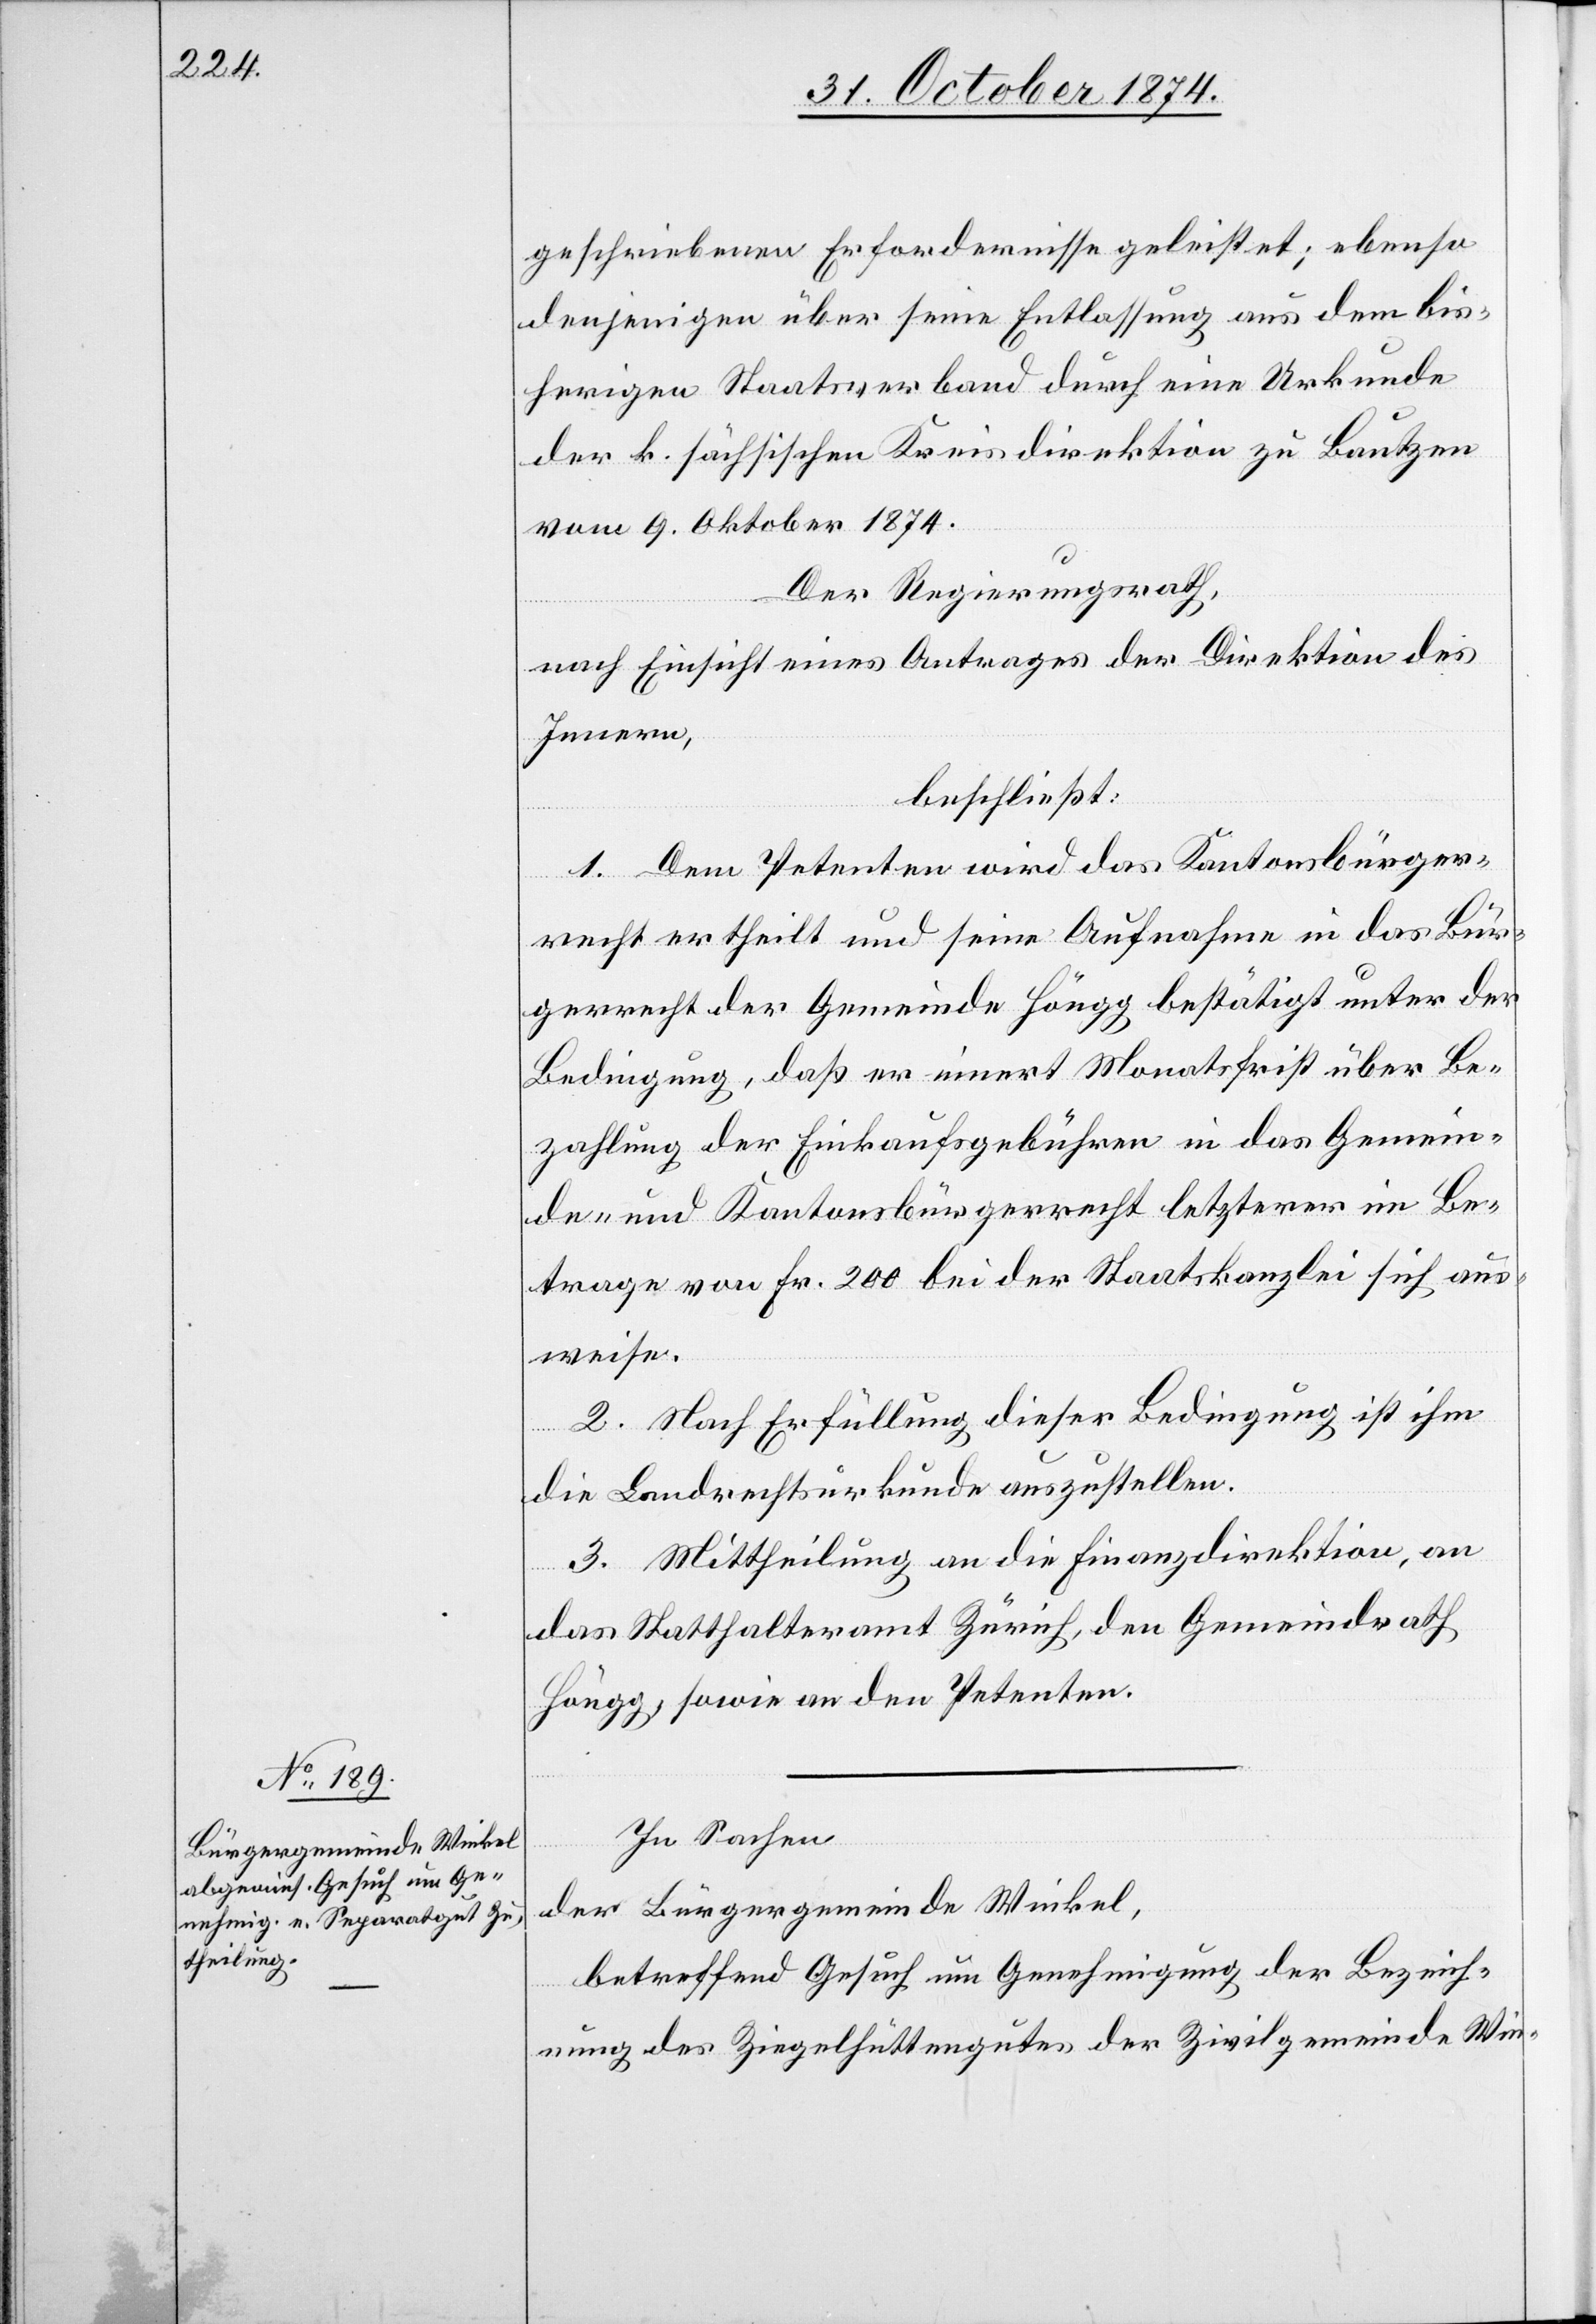
geschriebenen Erfordernisse geleistet; ebenso
denjenigen über seine Entlassung aus dem bis¬
herigen Staatsverband durch eine Urkunde
der k. sächsischen Kreisdirektion zu Bautzen
vom 9. Oktober 1874.
Der Regierungsrath,
nach Einsicht eines Antrages der Direktion des
Innern,
beschließt:
1. Dem Petenten wird das Kantonsbürger¬
recht ertheilt und seine Aufnahme in das Bür¬
gerrecht der Gemeinde Höngg bestätigt unter der
Bedingung, daß er innert Monatsfrist über Be¬
zahlung der Einkaufsgebühren in das Gemein¬
de- und Kantonsbürgerrecht letzterer im Be¬
trage von Fr. 200 bei der Staatskanzlei sich aus¬
weise.
2. Nach Erfüllung dieser Bedingung ist ihm
die Landrechtsurkunde auszustellen.
3. Mittheilung an die Finanzdirektion, an
das Statthalteramt Zürich, den Gemeindrath
Höngg, sowie an den Petenten.
In Sachen
der Bürgergemeinde Winkel,
betreffend Gesuch um Genehmigung der Bezeich¬
nung des Ziegelhüttengutes der Zivilgemeinde Win-